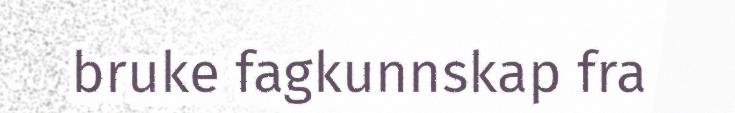
bruke fagkunnskap fra